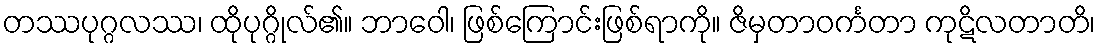
တဿပုဂ္ဂလဿ၊ ထိုပုဂ္ဂိုလ်၏။ ဘာဝေါ၊ ဖြစ်ကြောင်းဖြစ်ရာကို။ ဇိမှတာဝင်္ကတာ ကုဋိလတာတိ၊